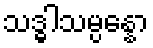
သဒ္ဓါသမ္ပန္နော